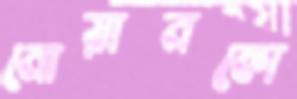
নোয়ানকো